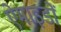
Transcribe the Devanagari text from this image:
ऐमाइडों